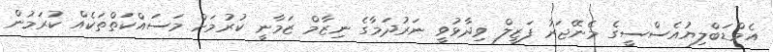
އެމްޑަބްލިޔުއެސްސީގެ މެނޭޖަރު ފަޒީލް ވިދާޅުވީ ނަރުދަމާގެ ނިޒާމް ޒަމާނީ ކުރުމަށް މަސައްކަތްތަކެއް ކުރަމުން